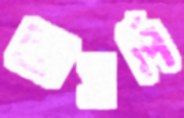
আসপি